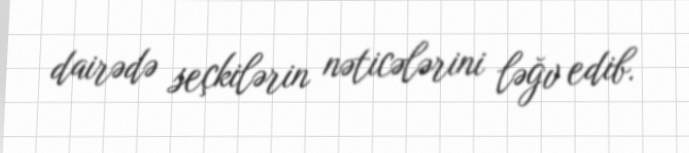
dairədə seçkilərin nəticələrini ləğv edib.